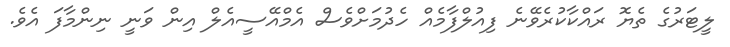
ލީޓަރުގެ ތެޔޮ ރައްކާކުރެވޭނެ ފިއުލްފާމެއް ހެދުމަށްވެސް އެމްއޭސީއެލް އިން ވަނީ ނިންމާފަ އެވެ.